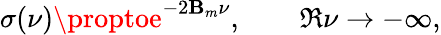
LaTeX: \sigma(\nu)\proptoe^{-2\mathbf{B}_{m}\nu},\qquad\Re\nu\to-\infty,